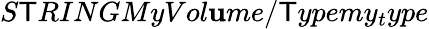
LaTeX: S\mathsf{T}RINGMyVol\mathbf{u}me/\mathsf{T}ypemy_{t}ype